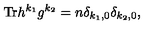
\mathrm { T r } h ^ { k _ { 1 } } g ^ { k _ { 2 } } = n \delta _ { k _ { 1 } , 0 } \delta _ { k _ { 2 } , 0 } ,